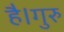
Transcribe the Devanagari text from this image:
है।गुरु